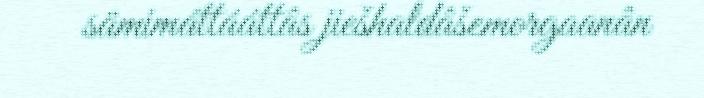
sämimáttááttâs jiešhaldâšemorgaanân